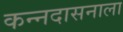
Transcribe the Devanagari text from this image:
कन्नदासनाला